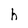
Character: h